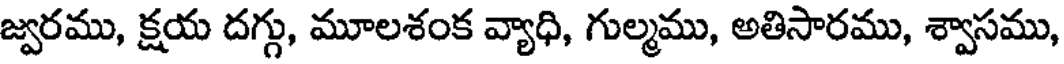
జ్వరము, క్షయ దగ్గు, మూలశంక వ్యాధి, గుల్మము, అతిసారము, శ్వాసము,